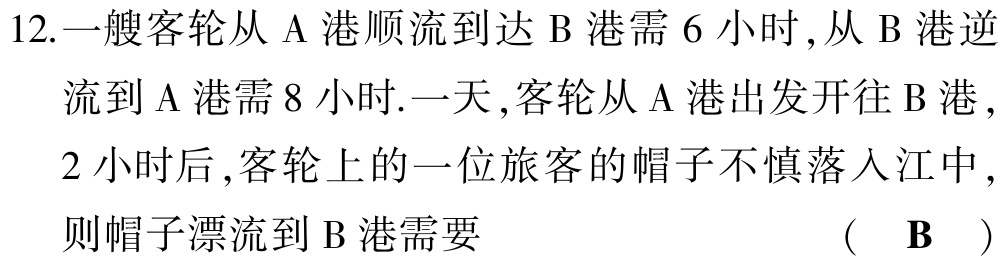
12.一艘客轮从 A 港顺流到达 B 港需 6 小时,从 B 港逆流到 A 港需 8 小时.一天,客轮从 A 港出发开往 B 港 ,2 小时后 ,客轮上的一位旅客的帽子不慎落入江中 ,则帽子漂流到 B 港需要  (  B  )